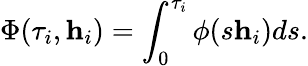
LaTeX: \Phi(\tau_{i},\textbf{h}_{i})=\int_{0}^{\tau_{i}}\phi(s\textbf{h}_{i})ds.